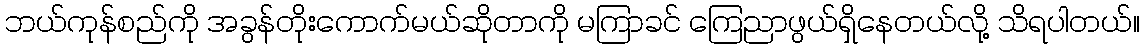
ဘယ်ကုန်စည်ကို အခွန်တိုးကောက်မယ်ဆိုတာကို မကြာခင် ကြေညာဖွယ်ရှိနေတယ်လို့ သိရပါတယ်။